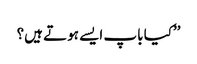
’’کیا باپ ایسے ہوتے ہیں؟